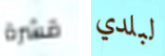
قشرة لبلدي